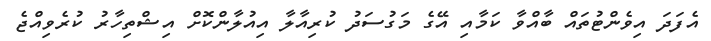
އެފަދަ އިވެންޓުތައް ބާއްވާ ކަމާއި އޭގެ މަގުސަދު ކުރިއާލާ އިއުލާންކޮށް އިޝްތިހާރު ކުރެވިއްޖެ